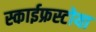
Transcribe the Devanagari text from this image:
स्काईफ्रस्टोया